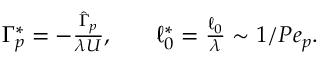
\begin{array} { r l r } { \Gamma _ { p } ^ { \ast } = - \frac { \hat { \Gamma } _ { p } } { \lambda U } , } & { { } } & { \ell _ { 0 } ^ { \ast } = \frac { \ell _ { 0 } } { \lambda } \sim 1 / P e _ { p } . } \end{array}